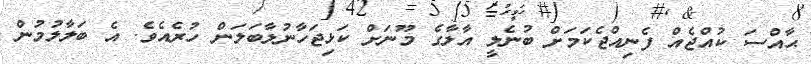
ޙާއްސަ ކުއްޖެއް ފެނިއްޖެކަމަށް ބުނެލީ އާލާގެ މޫނަށް ކަޅިޖަހާނުލާބަލަން ހުރެއެވެ. އެ ބަލާލުމުން